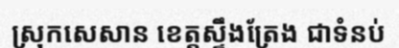
ស្រុកសេសាន ខេត្តស្ទឹងត្រែង ជាទំនប់